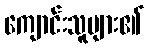
ကျောင်းသူများ၏